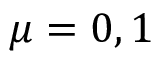
\mu = 0 , 1